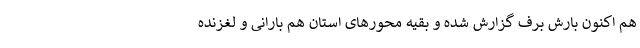
هم اکنون بارش برف گزارش شده و بقیه محور‌های استان هم بارانی و لغزنده